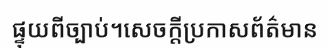
ផ្ទុយពីច្បាប់។សេចក្តីប្រកាសព័ត៌មាន